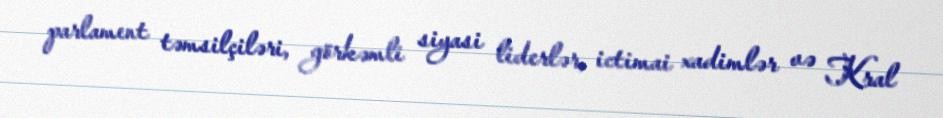
parlament təmsilçiləri, görkəmli siyasi liderlər, ictimai xadimlər və Kral